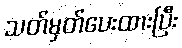
သတ်မှတ်ပေးထားပြီး